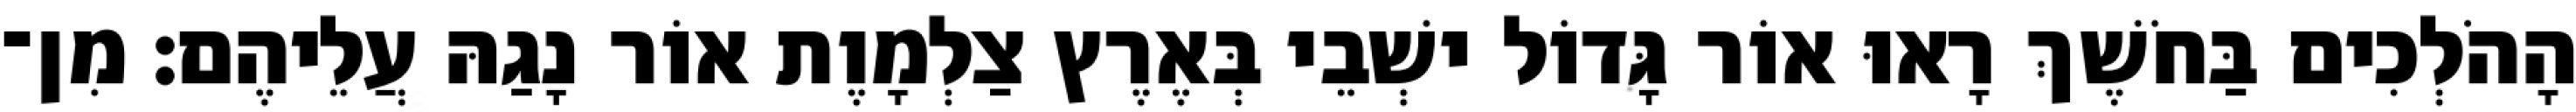
הָהֹלְכִים בַּחֹשֶׁךְ רָאוּ אוֹר גָּדוֹל ישְׁבֵי בְּאֶרֶץ צַלְמָוֶת אוֹר נָגַהּ עֲלֵיהֶם׃ מִן־